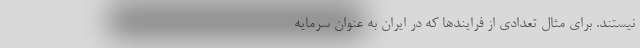
نیستند. برای مثال تعدادی از فرایند‌ها که در ایران به عنوان سرمایه